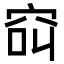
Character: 䆗